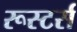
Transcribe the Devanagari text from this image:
रूस्टर्स